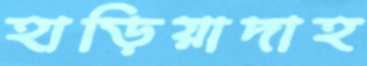
হাড়িয়াদাহ